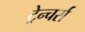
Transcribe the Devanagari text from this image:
ट्रेन्चर्स